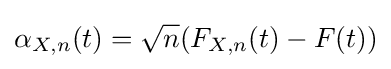
\alpha _{X,n}(t)={\sqrt {n}}(F_{X,n}(t)-F(t))